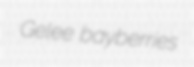
Gelee bayberries